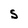
Character: S